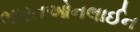
ભારતઓનલાઈન